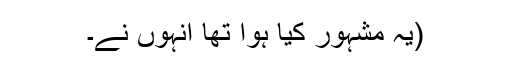
(یہ مشہور کیا ہوا تھا انہوں نے۔